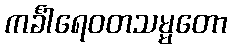
ကင်္ခါရေဝတသမ္မတော